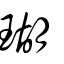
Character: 瑚